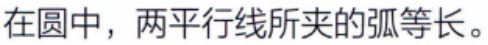
在圆中，两平行线所夹的弧等长。